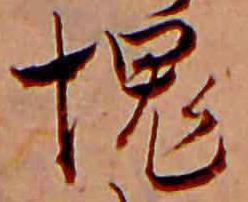
愧